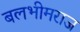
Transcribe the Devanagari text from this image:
बलभीमराज